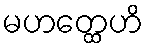
မဟတ္ထေဟိ